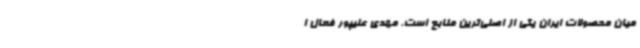
میان محصولات ایران یکی از اصلی‌ترین منابع است. مهدی علیپور فعال ا